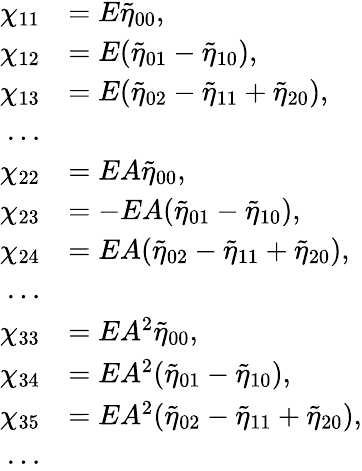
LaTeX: \begin{array}{rl}{\chi_{11}}&{=E{\tilde{\eta}}_{00},}\\ {\chi_{12}}&{=E({\tilde{\eta}}_{01}-{\tilde{\eta}}_{10}),}\\ {\chi_{13}}&{=E({\tilde{\eta}}_{02}-{\tilde{\eta}}_{11}+{\tilde{\eta}}_{20}),}\\ {\dots}\\ {\chi_{22}}&{=EA{\tilde{\eta}}_{00},}\\ {\chi_{23}}&{=-EA({\tilde{\eta}}_{01}-{\tilde{\eta}}_{10}),}\\ {\chi_{24}}&{=EA({\tilde{\eta}}_{02}-{\tilde{\eta}}_{11}+{\tilde{\eta}}_{20}),}\\ {\dots}\\ {\chi_{33}}&{=EA^{2}{\tilde{\eta}}_{00},}\\ {\chi_{34}}&{=EA^{2}({\tilde{\eta}}_{01}-{\tilde{\eta}}_{10}),}\\ {\chi_{35}}&{=EA^{2}({\tilde{\eta}}_{02}-{\tilde{\eta}}_{11}+{\tilde{\eta}}_{20}),}\\ {\dots}\end{array}